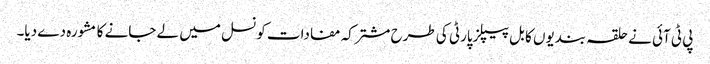
پی ٹی آئی نے حلقہ بندیوں کا بل پیپلزپارٹی کی طرح مشترکہ مفادات کونسل میں لے جانے کا مشورہ دے دیا۔